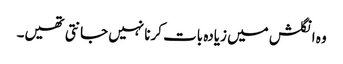
وہ انگلش میں زیادہ بات کرنا نہیں جانتی تھیں۔